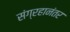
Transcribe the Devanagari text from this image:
संग्रहानंतर